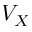
V _ { X }